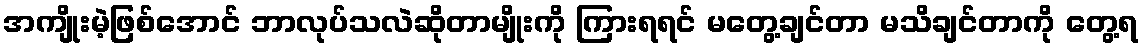
အကျိုးမဲ့ဖြစ်အောင် ဘာလုပ်သလဲဆိုတာမျိုးကို ကြားရရင် မတွေ့ချင်တာ မသိချင်တာကို တွေ့ရ